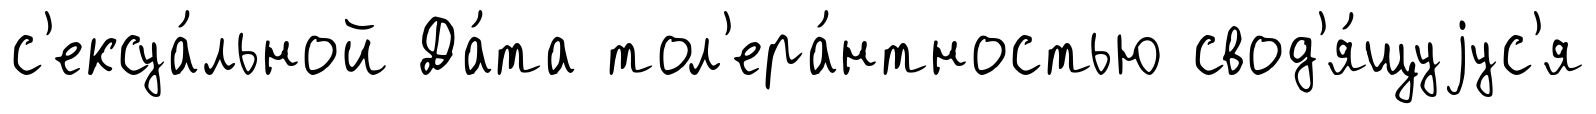
с'ексуа́льной Да́та тол'ера́нтностью свод'я́щуjус'я